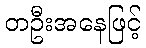
တဦးအနေဖြင့်